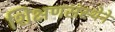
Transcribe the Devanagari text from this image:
शिक्षणसंस्थेने